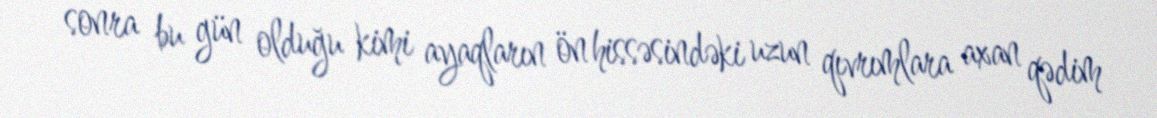
sonra bu gün olduğu kimi ayaqların ön hissəsindəki uzun qıvrımlara axan qədim